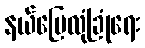
နယ်မြေလုံခြုံရေး